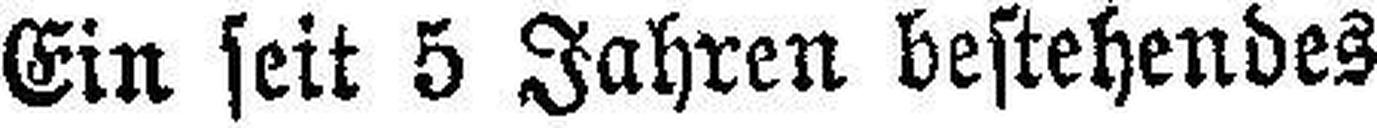
Ein seit 5 Jahren bestehendes